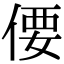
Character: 偠